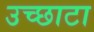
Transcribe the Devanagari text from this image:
उच्छाटा